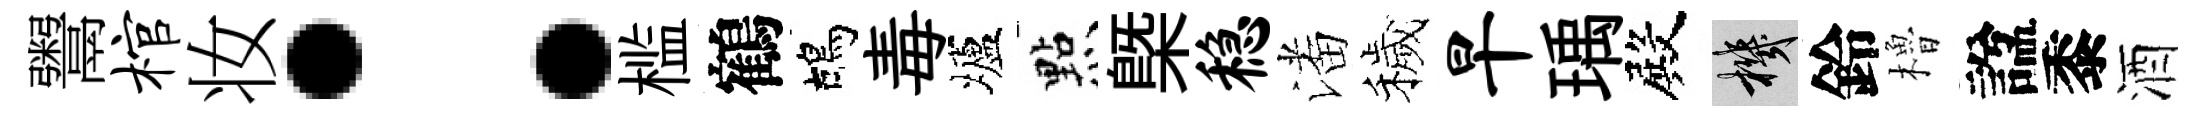
鬻棺妆：槛鶴鴣毒壚㸃槩稳潘穢旱瑀殿機鈴櫓諡黍酒